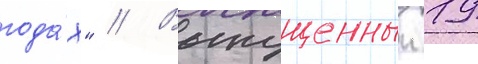
года́х" // Выпущенныи 19